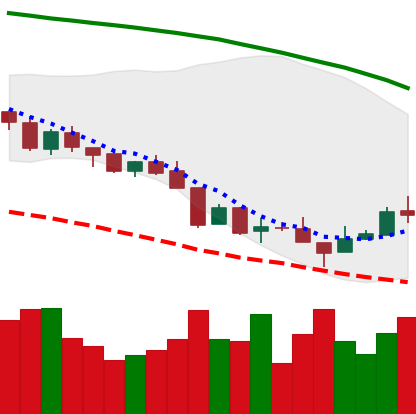
Ticker: XMR-USD
Chart end date: 2018-08-18
Forward return: -8.254%
Label: down_7plus